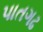
પાતગઢ